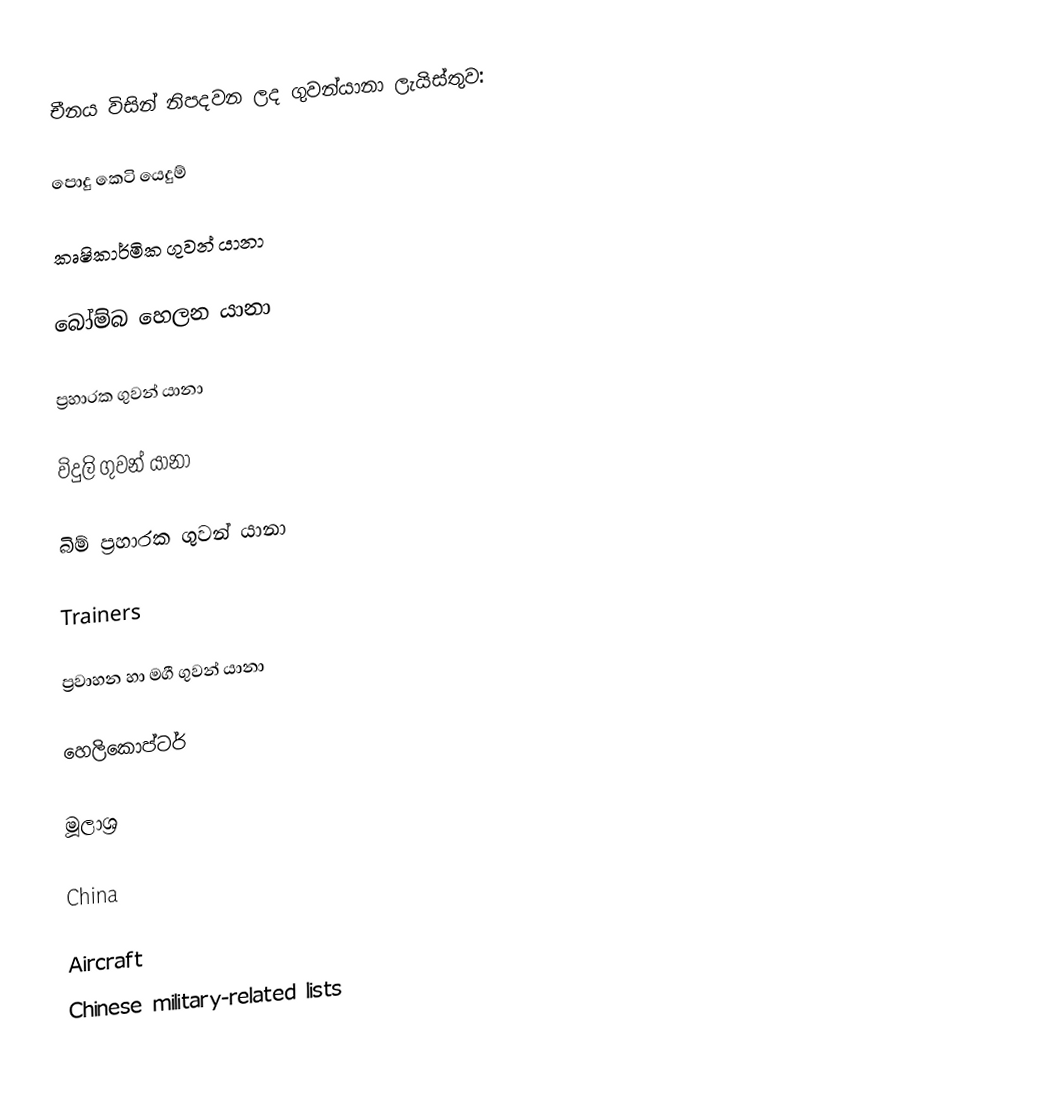
චීනය විසින් නිපදවන ලද ගුවන්යානා ලැයිස්තුව:

පොදු කෙටි යෙදුම්

කෘෂිකාර්මික ගුවන් යානා

බෝම්බ හෙලන යානා

ප්‍රහාරක ගුවන් යානා

විදුලි ගුවන් යානා

බිම් ප්‍රහාරක ගුවන් යානා

Trainers

ප්‍රවාහන හා මගී ගුවන් යානා

හෙලිකොප්ටර්

මූලාශ්‍ර

China

Aircraft
Chinese military-related lists